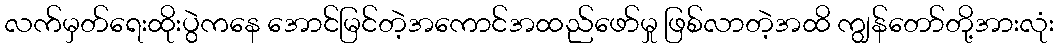
လက်မှတ်ရေးထိုးပွဲကနေ အောင်မြင်တဲ့အကောင်အထည်ဖော်မှု ဖြစ်လာတဲ့အထိ ကျွန်တော်တို့အားလုံး